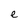
Character: e